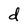
Character: d